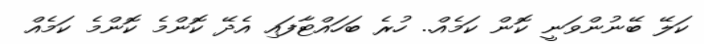
ކަލޭ ބޭނުންވަނީ ކޮން ކަމެއް.. ހުރެ ބަހައްޓާފައި އެދޭ ކޮންމެ ކޮންމެ ކަމެއް